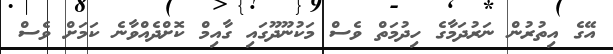
އޭގެ އިތުރުން ނަރުދަމާގެ ހިދުމަތް ވެސް މަކުނޫދޫގައި ގާއިމް ކޮށްދެއްވާނެ ކަމަށް ވެސް